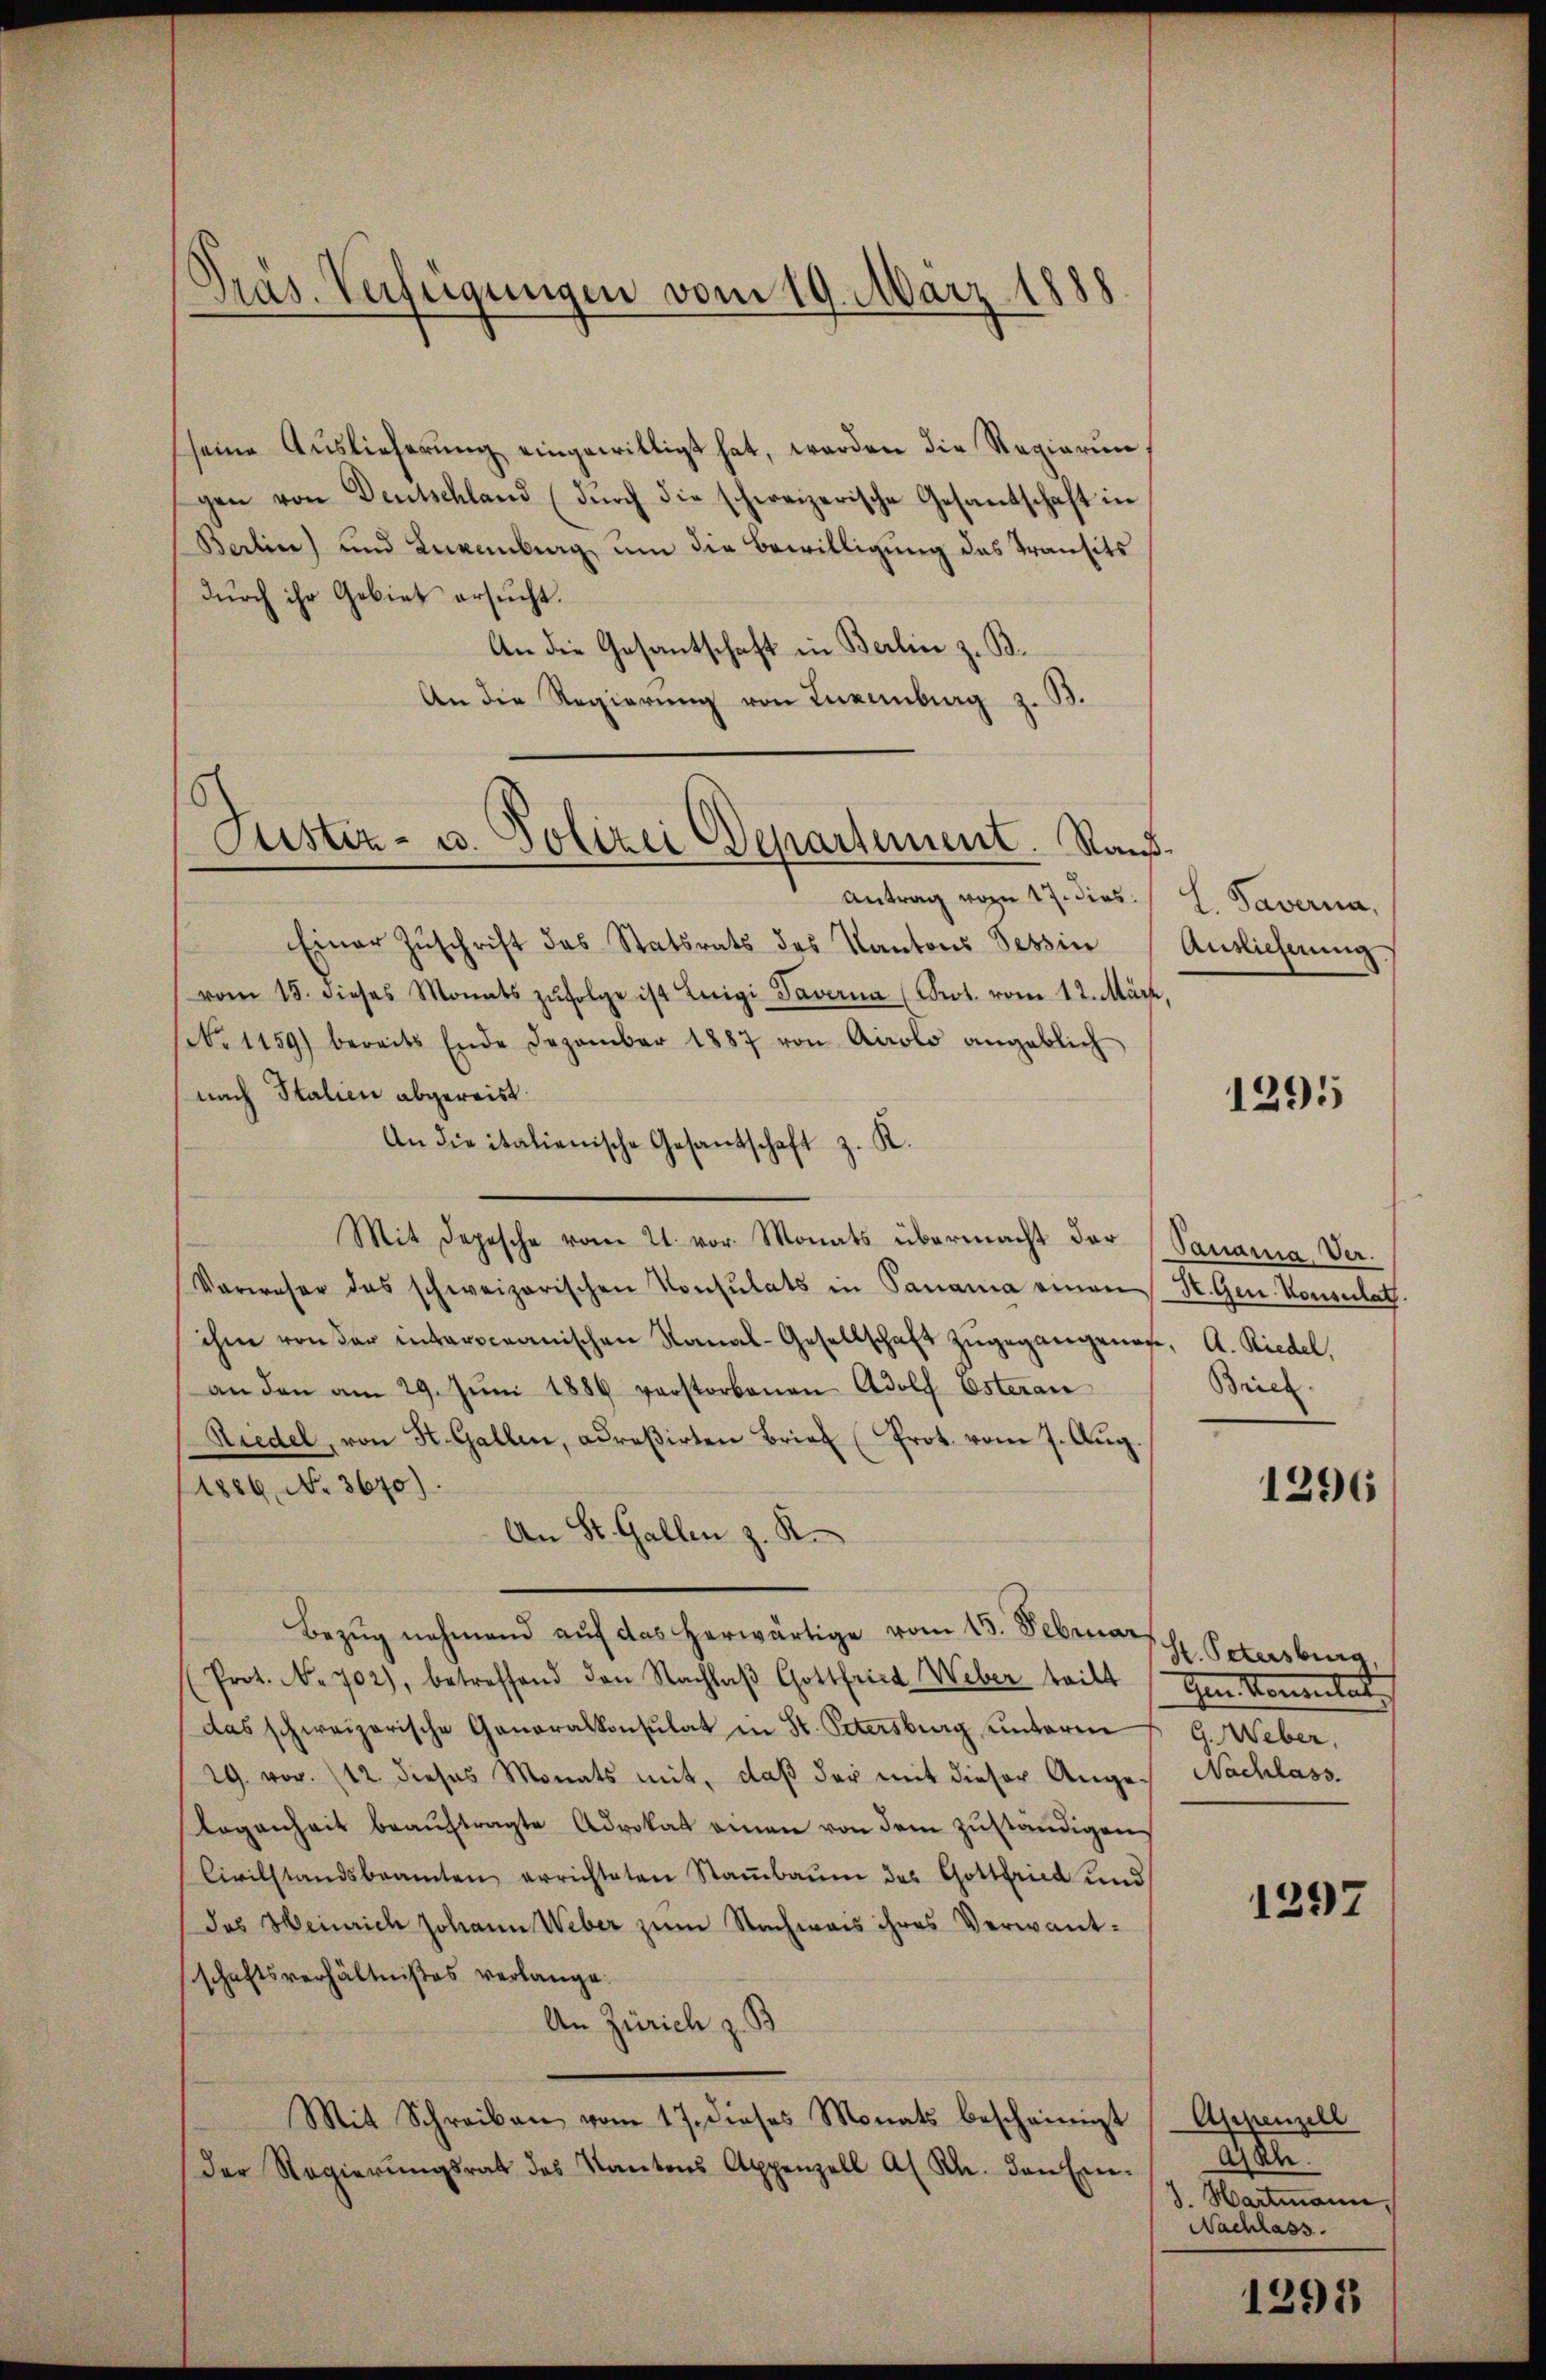
Präs. Verfügungen vom 19. März 1888.

Justiz- u. Polizei Departement. Rauf¬
Antrag vom 17. dies

seine Auslieferŭng eingewilligt hat, werden die Regierŭn-
gen von Deutschland (durch die schweizerische Gesantschaft in
Berlin) und Luxenburg um die Bewilligung das Transits
durch ihr Gebiet ersucht.
An die Gesantschaft in Berlin z. B.
An die Regierung von Luxenburg z. B.
Einer Zuschrift des Statsrats des Kantons Tessin
vom 15. dieses Monats zŭfolge ist Leigi Taverna (Prot. vom 12. März,
No 1159) bereits Ende Dezember 1887 von Airolo angeblich
nach Italien abgereist.
An die italienische Gesantschaft z. K.
Mit Depesche vom 21. vor. Monats übermacht der Panama-Ver¬
Verweser das schweizerischen Konsulats in Panama einen St. Gen. Konsulat.
ihm von der interceanischen Kanal-Gesellschaft zŭgegangenes, A. Riedel,
an den am 29. Jŭni 1886 verstorbenen Adolf Esteran
Niedel, von St. Gallen, adreßirten Brief (Prot. vom 7. Aug.
1886, No. 3670).
An St. Gallen z. R.
Bezŭg nehmend aŭf das herwärtige vom 15. Februar
(Prot. No. 702), betreffend den Nachlaβ Gottfried Weber teilt
das schweizerische Generalkonsulat in St. Petersburg unteren
29. vor. 12 dieses Monats mit, daß der mit dieser Ange- Nachlass.
Logenheit beaŭftragte Advokat einen von dem zŭständigen
Civilstandsbeamten errichteten Stambaum des Gottfried und
das Heinrich Johann Weber zum Nachwais ihres Verwantschaftsverhältnißes verlange.
An Zürich z. B
Mit Schreiben vom 17. dieses Monats bescheinigt (Appenzell
der Regierŭngsrat des Kantons Appenzell Al. Kl. den Ein-

L. Taverna,
Auslieferung

1295

Brief.

1296

St. Petersburg
Ien Momentat
G. Weber,

1297

asch.
3. Hartmann,
Nachlass.

1295